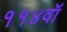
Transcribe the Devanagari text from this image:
११४वॉ